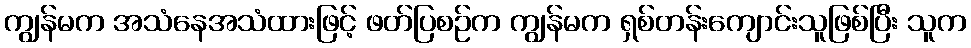
ကျွန်မက အသံနေအသံထားဖြင့် ဖတ်ပြစဉ်က ကျွန်မက ရှစ်တန်းကျောင်းသူဖြစ်ပြီး သူက